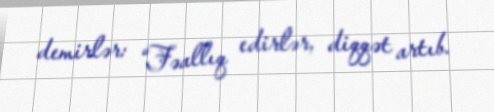
demirlər: “Fəallıq edirlər, diqqət artıb.